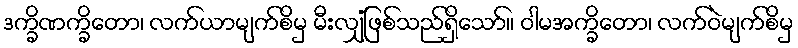
ဒက္ခိဏက္ခိတော၊ လက်ယာမျက်စိမှ မီးလျှံဖြစ်သည်ရှိသော်။ ဝါမအက္ခိတော၊ လက်ဝဲမျက်စိမှ